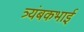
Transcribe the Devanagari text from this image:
त्र्यंबकभाई